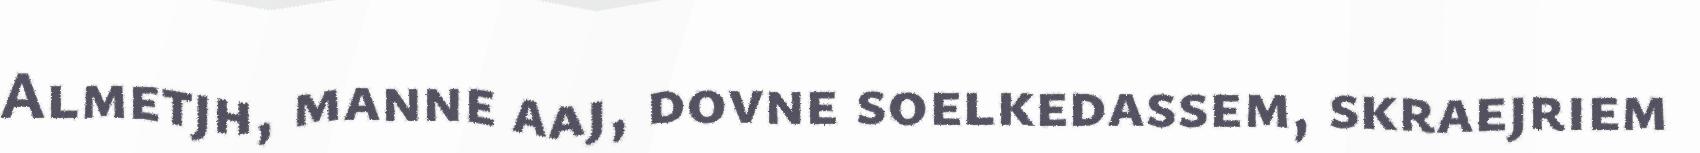
Almetjh, manne aaj, dovne soelkedassem, skraejriem